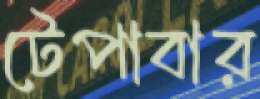
টেপাবার